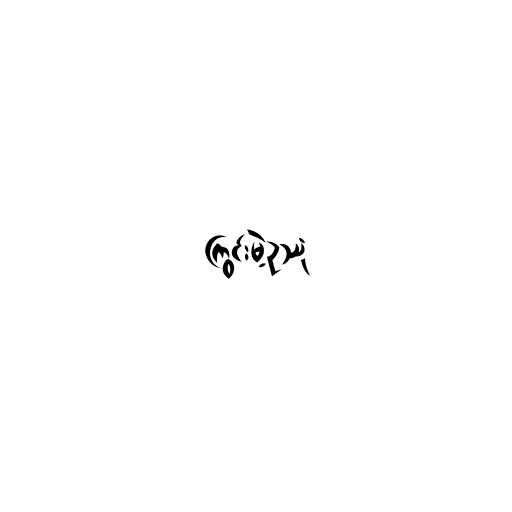
ကြွင်းမဲ့ဥဿုံ